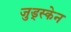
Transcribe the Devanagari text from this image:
जुड्स्केन